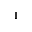
^ { 1 }